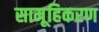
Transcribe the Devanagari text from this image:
सामूहिकरण